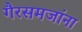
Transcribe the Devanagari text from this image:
गैरसमजांना